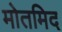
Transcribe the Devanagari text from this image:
मोतमिद